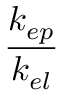
\frac { k _ { e p } } { k _ { e l } }